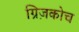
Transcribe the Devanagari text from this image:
ग्रिज़कोच